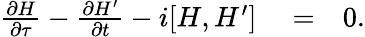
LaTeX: \begin{array}{rlr}{\frac{\partial H}{\partial\tau}-\frac{\partial H^{\prime}}{\partial t}-i[H,H^{\prime}]}&{{}=}&{0.}\end{array}